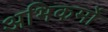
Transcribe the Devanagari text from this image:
अभिकर्मो